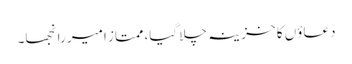
دعاؤں کا خزینہ چلا گیا، ممتاز امیر رانجھا۔